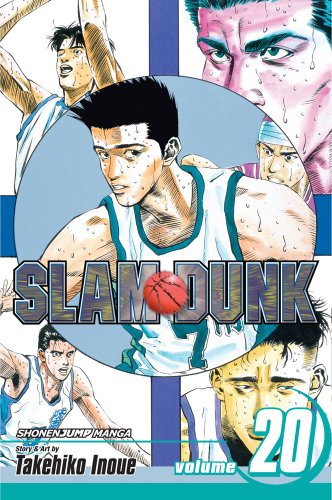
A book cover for Slam Dunk, Vol. 20; Takehiko Inoue; Comics & Graphic Novels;